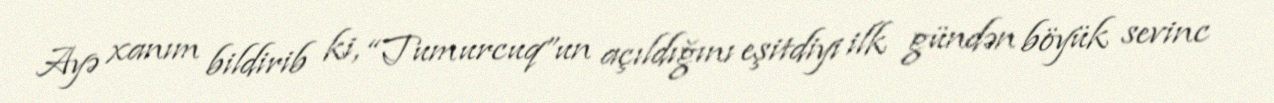
Ayə xanım bildirib ki, “Tumurcuq”un açıldığını eşitdiyi ilk gündən böyük sevinc